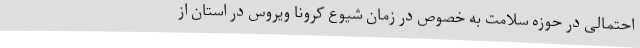
احتمالی در حوزه سلامت به خصوص در زمان شیوع کرونا ویروس در استان از